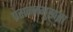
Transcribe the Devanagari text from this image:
प्रसन्नमुखता